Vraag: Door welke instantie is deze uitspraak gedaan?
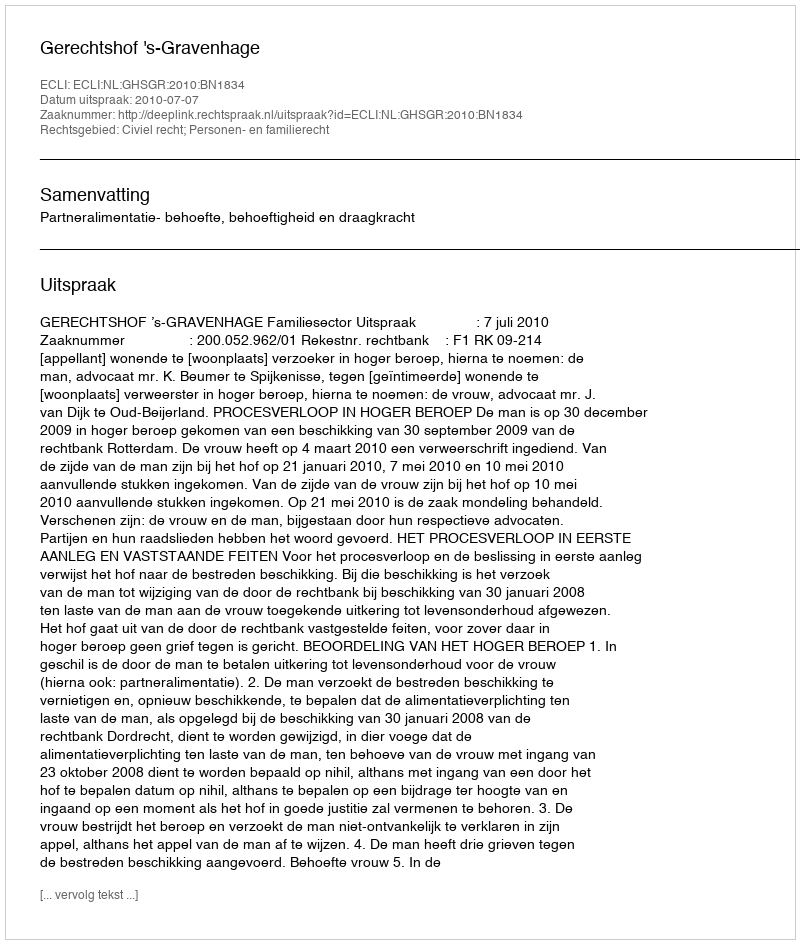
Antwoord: Gerechtshof 's-Gravenhage